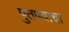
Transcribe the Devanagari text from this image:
पुतण्याचा